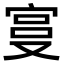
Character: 𫳓